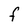
Character: F